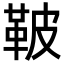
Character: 鞁